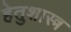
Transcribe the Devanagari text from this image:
हेतुशास्त्र